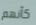
كأنهم